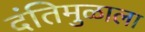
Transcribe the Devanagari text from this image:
दंतिमुळाला